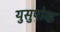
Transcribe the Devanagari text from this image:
युसुपोव्ह